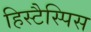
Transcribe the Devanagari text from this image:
हिस्टैस्पिस